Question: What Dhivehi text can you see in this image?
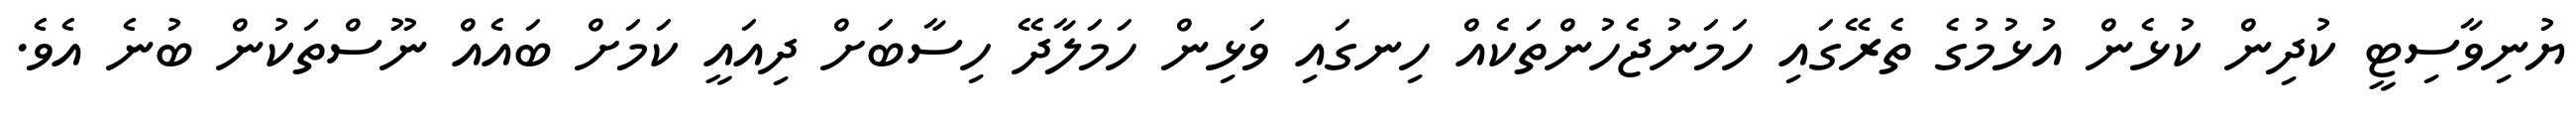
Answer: ޔުނިވާސިޓީ ކުދިން ކުޅެން އުޅުމުގެ ތެރޭގައި ހަމަނުޖެހުންތަކެއް ހިނގައި ވަޅިން ހަމަލާދޭ ހިސާބަށް ދިއައީ ކަމަށް ބައެއް ނޫސްތަކުން ބުނެ އެވެ.